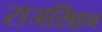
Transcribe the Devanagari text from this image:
राजसिंहन